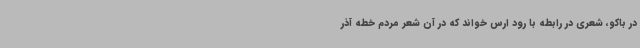
در باکو، شعری در رابطه با رود ارس خواند که در آن شعر مردم خطه آذر